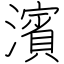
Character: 濱